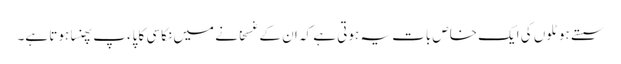
سستے ہوٹلوں کی ایک خاص بات یہ ہوتی ہے کہ ان کے غسخانے میں نکاسی کا پاءپ پھنسا ہوتا ہے۔